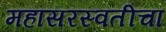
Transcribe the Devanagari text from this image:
महासरस्वतीचा